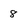
Character: 8